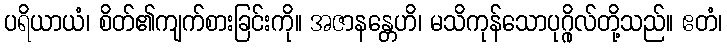
ပရိယာယံ၊ စိတ်၏ကျက်စားခြင်းကို။ အဇာနန္တေဟိ၊ မသိကုန်သောပုဂ္ဂိုလ်တို့သည်။ ဧတံ၊